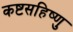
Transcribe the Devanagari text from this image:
कष्टसहिष्णु